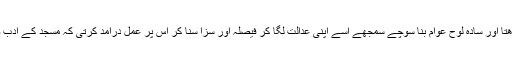
اس سے پہلے کہ شور زیادہ ہونے پر معاملہ بڑھتا اور سادہ لوح عوام بنا سوچے سمجھے اسے اپنی عدالت لگا کر فیصلہ اور سزا سنا کر اس پر عمل درآمد کرتی کہ مسجد کے ادب و احترام کے پیش نظر انہیں خاموش کرا دیا گیا۔